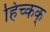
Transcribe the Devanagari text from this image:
हिच्कक्